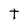
Character: T